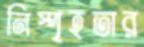
নিস্পৃহতার